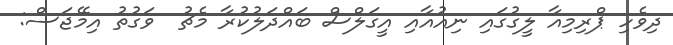
ދިވެހި ޕްރިމިއާ ލީގުގައި ނިއުއާއި އީގަލްސް ބައްދަލުކުރާ މެޗު  ވަގުތު އިމޭޖަސް: